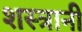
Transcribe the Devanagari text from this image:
शस्त्रानी